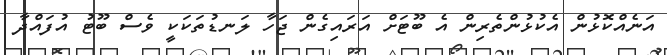
އަނެއްކޮޅުން އެކުޅުންތެރިން އެ ބޫޓަށް އަރައިގެން ޖަހާ ލަނޑުތަކަކީ ވެސް ބޫޓު އުފައްދާ